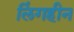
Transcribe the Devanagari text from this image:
लिंगहीन